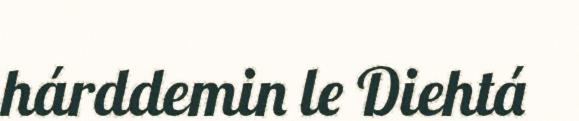
hárddemin le Diehtá